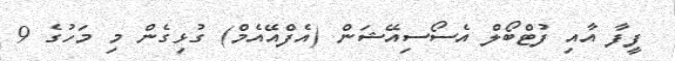
ފީފާ އާއި ފުޓްބޯލް އެސޯސިއޭޝަން (އެފްއޭއެމް) ގުޅިގެން މި މަހުގެ 9